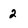
Character: 2